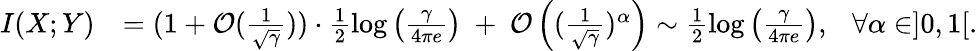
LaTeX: \begin{array}{rl}{I(X;Y)}&{=(1+\mathcal{O}(\frac{1}{\sqrt{\gamma}}))\cdot\frac{1}{2}\log\left(\frac{\gamma}{4\pi e}\right)~+~\mathcal{O}\left((\frac{1}{\sqrt{\gamma}})^{\alpha}\right)\sim\frac{1}{2}\log\left(\frac{\gamma}{4\pi e}\right),~~~\forall\alpha\in]0,1[.}\end{array}